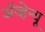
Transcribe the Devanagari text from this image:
अॅव्हेन्यू